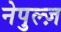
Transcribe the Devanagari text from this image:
नेपुल्ज़